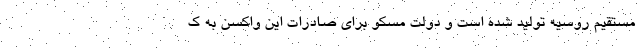
مستقیم روسیه تولید شده است و دولت مسکو برای صادرات این واکسن به ک